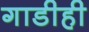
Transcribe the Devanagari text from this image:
गाडीही